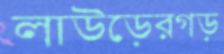
লাউড়েরগড়